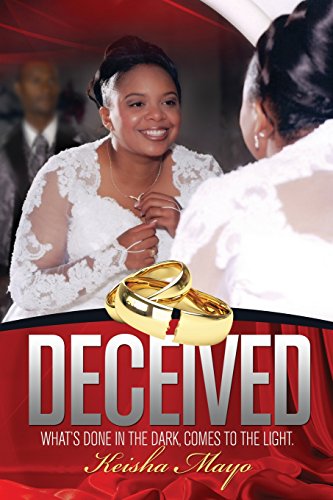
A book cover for Deceived; Keisha Mayo; Parenting & Relationships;